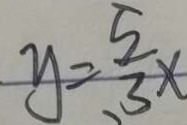
y = \frac { 5 } { 3 } x